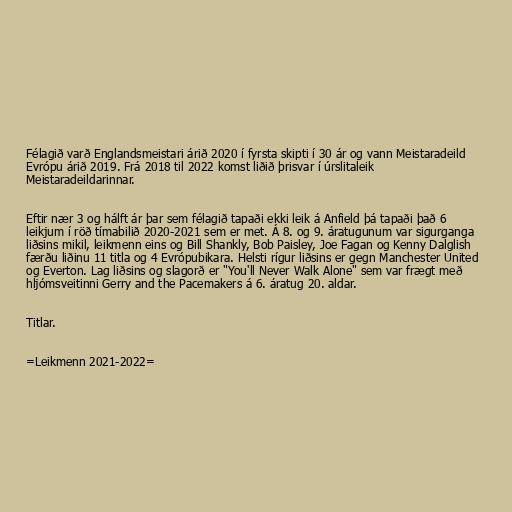
Félagið varð Englandsmeistari árið 2020 í fyrsta skipti í 30 ár og vann Meistaradeild
Evrópu árið 2019. Frá 2018 til 2022 komst liðið þrisvar í úrslitaleik
Meistaradeildarinnar.

Eftir nær 3 og hálft ár þar sem félagið tapaði ekki leik á Anfield þá tapaði það 6
leikjum í röð tímabilið 2020-2021 sem er met. Á 8. og 9. áratugunum var sigurganga
liðsins mikil, leikmenn eins og Bill Shankly, Bob Paisley, Joe Fagan og Kenny Dalglish
færðu liðinu 11 titla og 4 Evrópubikara. Helsti rígur liðsins er gegn Manchester United
og Everton. Lag liðsins og slagorð er "You'll Never Walk Alone" sem var frægt með
hljómsveitinni Gerry and the Pacemakers á 6. áratug 20. aldar.

Titlar.

=Leikmenn 2021-2022=